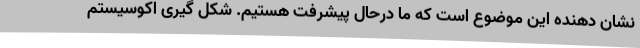
نشان دهنده این موضوع است که ما درحال پیشرفت هستیم. شکل گیری اکوسیستم